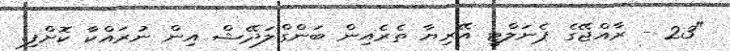
"23 - ރާއްޖޭގެ ޕެނަލްޓީ އޭރިޔާ ތެރެއިން ބަންގްލަދޭޝް އިން ނުރައްކާ ކޮށްފި.